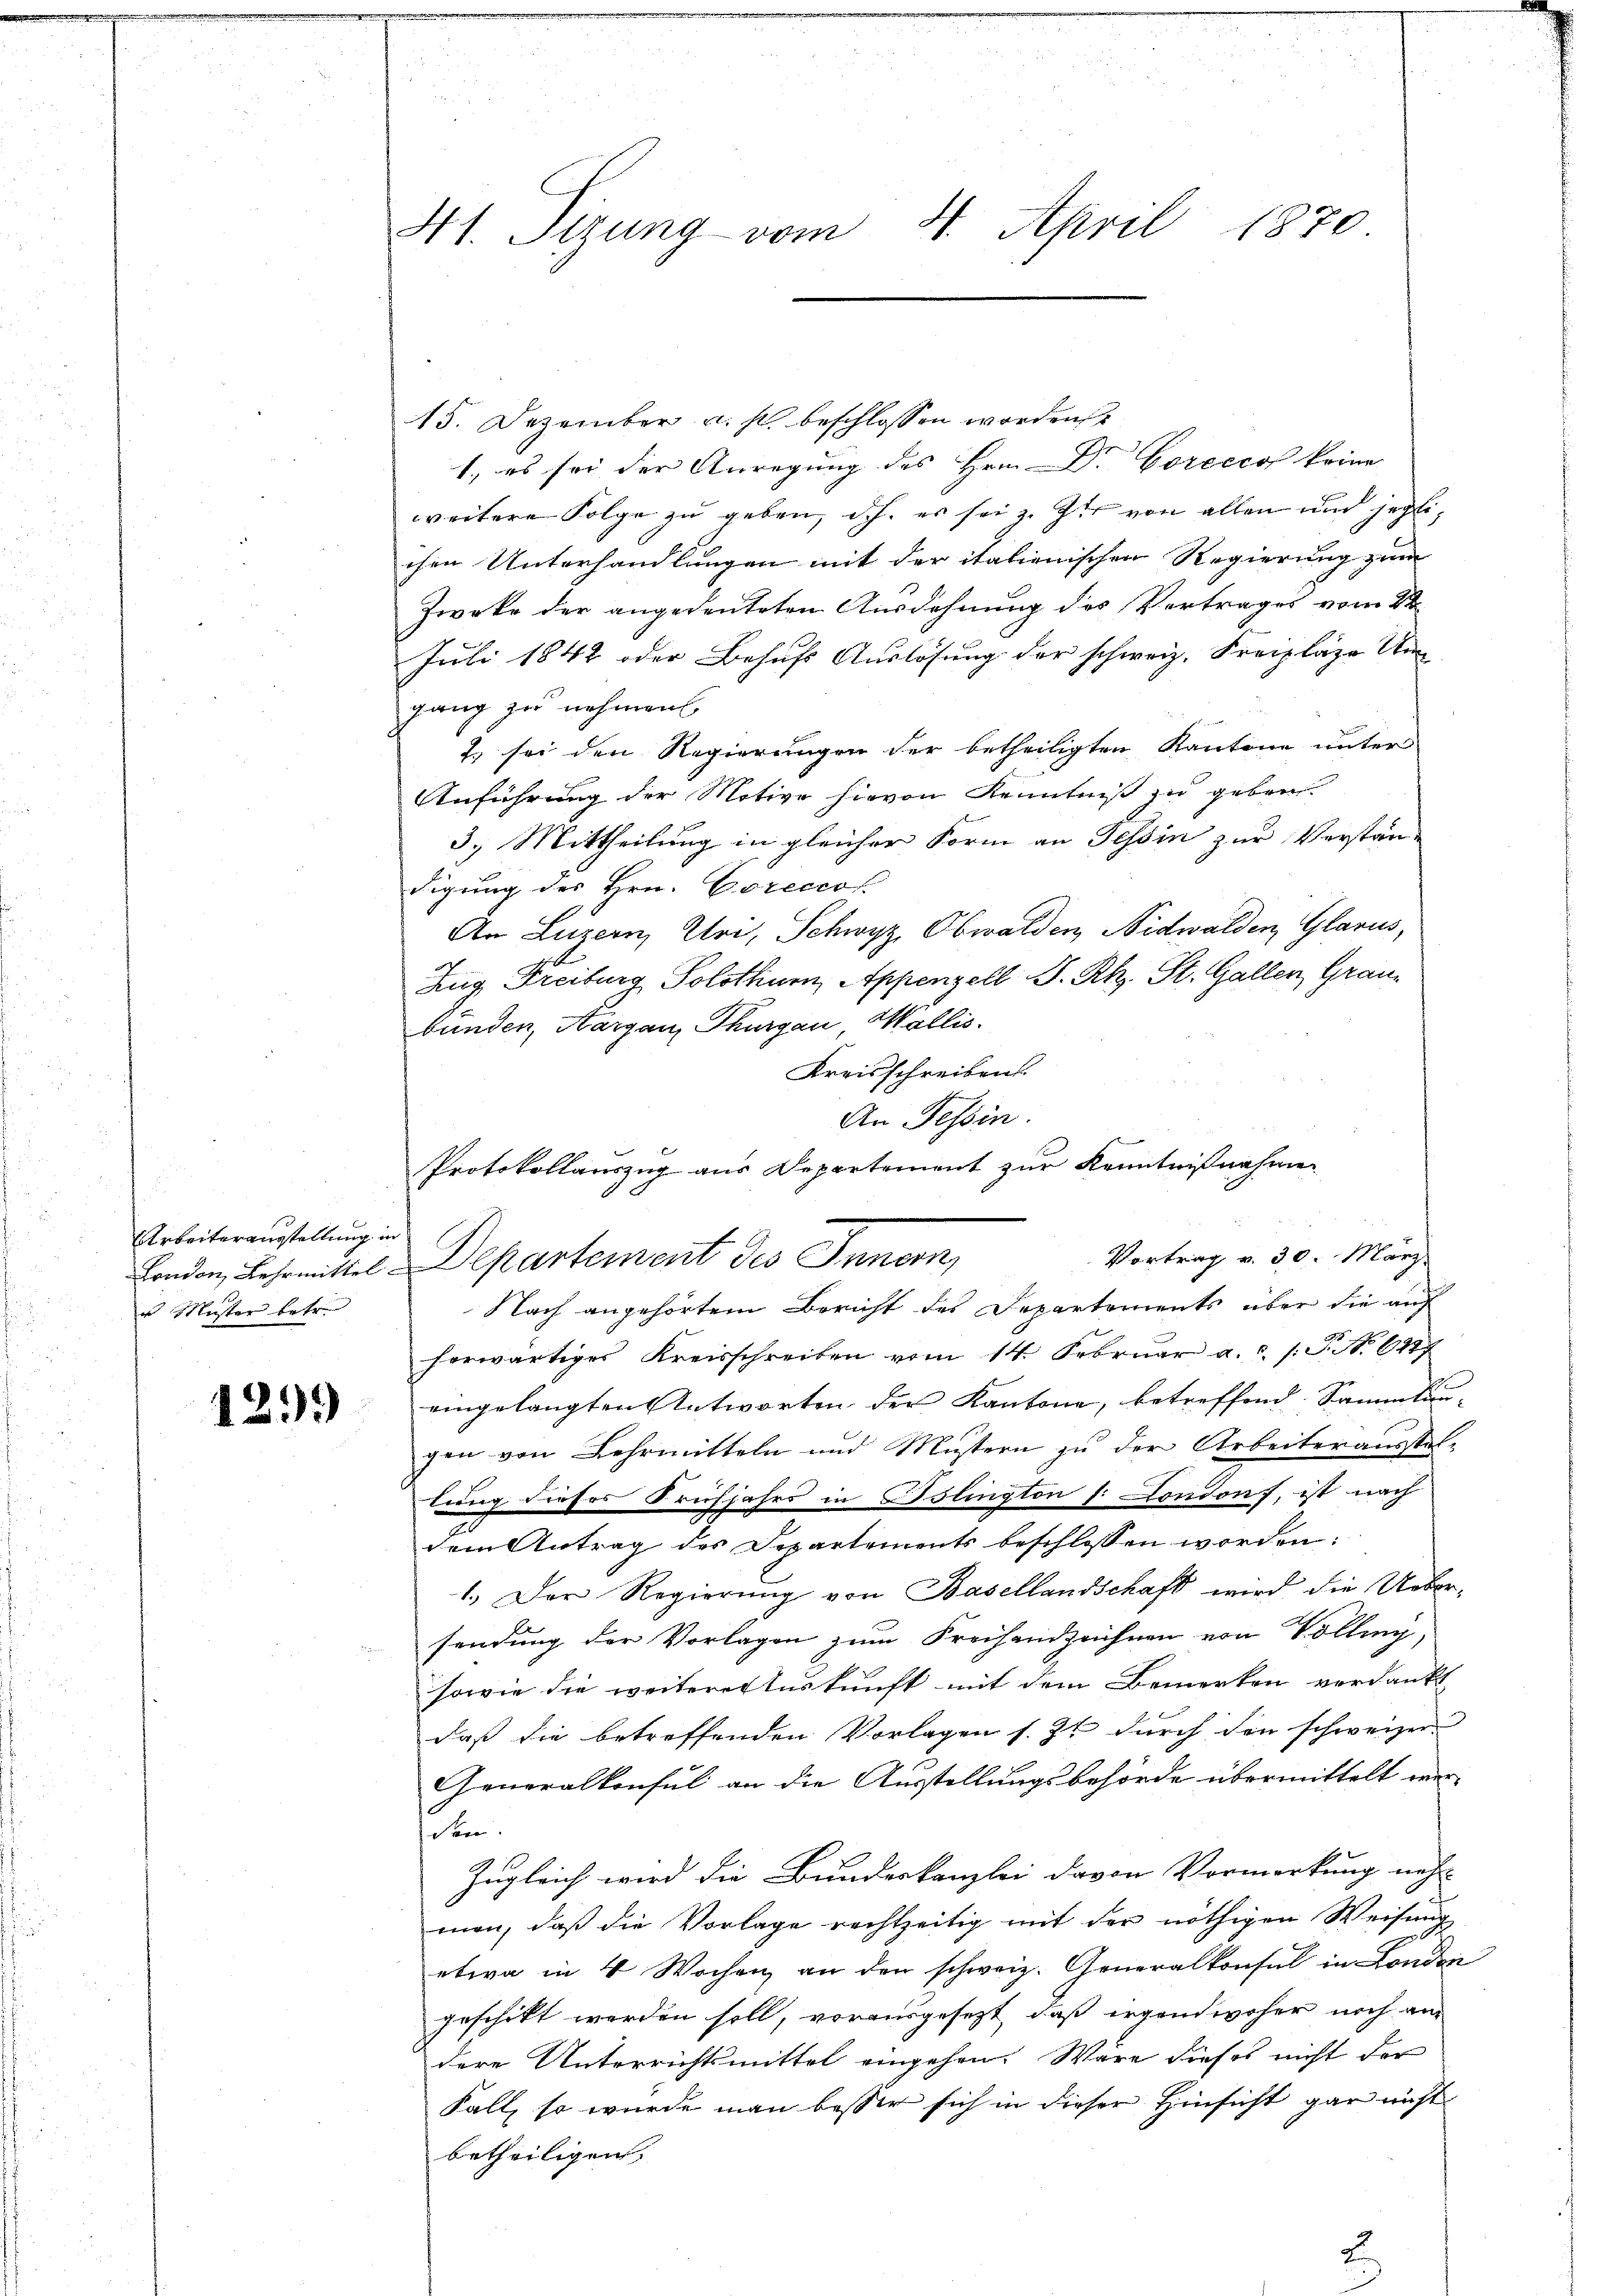
Arbeiterausstellung in
London, Lehrmittel
us Muster betr.

1299

d
41. Sizung vom 1. April 1870.

15. Dezember u. s. beschlossen worden
1., es sei der Anregung des Hrn. Dr. Gorcccos keine
weitere Folge zu geben, d.h. es sei z. Hier von allen und jeglichen Unterhandlungen mit der italienischen Regierung zum
Zweke der angedeuteten Ausdehnung des Vertrages vom 22
Juli 1842 oder Behufs Auslösung der schweiz. Freiplaze Um
gang zu nehmen,
7.) sei den Regierungen der betheiligten Kantone unter
Anführung der Motive hievon Kenntniß zu geben
3.) Mittheilung in gleicher Form an Tessin zur Verstän-
digung des Hrn. Coreccos
An Luzern, Uri, Schwyz, Obwalden, Nidwalden, Glarus,
Zug, Freiburg Solothurn, Appenzell S. Rh. St. Gallen, Graubunden, Aargau, Thurgau, Wallis.
Kreisschreiben.
An Tessin.
Protokollauszug aus Departement zur Kenntnißnahme

d
Vortrag v. 30. März
Departement des Innern,

Nach angehörtem Bericht des Departements über die auf
horwärtiges Kreisschreiben vom 14. Februar a.c. (T. S. 6477
eingelangten Antworten der Kantone, betreffend Sammlun-
gen von Lehrmitteln und Mustern zu der Arbeiterausstel-
lung dieses Frühjahrs in Islington (: Condorf, ist nach
dem Antrag des Departements beschlossen worden:
1.) Der Regierung von Basellandschaft wird die Ueber-
sendung der Vorlagen zum Freihandzeichnen von Völlig
sowie die weiterer Auskunft mit dem Bemerken verdankt
daß die betreffenden Vorlagen s. Z. durch den schweizen
Generalkonsul an die Ausstellungsbehörde übermittelt werden.
Zugleich wird die Bundeskanzlei davon Vormerkung nach
men, daß die Vorlage rechtzeitig mit der nöthigen Weisung
etwa in 4 Wochen an den schweiz. Generalkonsul in London
geschikt werden soll, vorausgesetzt, daß irgendwoher noch am
dere Unterrichtsmittel eingehen. Wäre dieses nicht der
Fall, so wurde man besser sich in dieser Hinsicht gar nicht
betheiligen,
2.